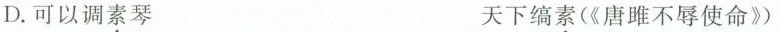
D.可以调素琴 天下缟素(《唐雎不辱使命》